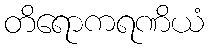
တိရောကရဏိယံ